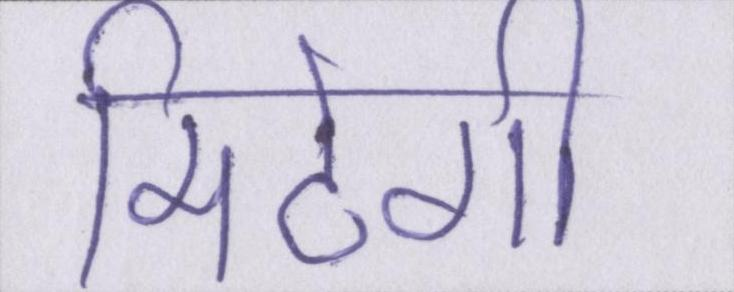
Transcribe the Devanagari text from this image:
मिटेगी